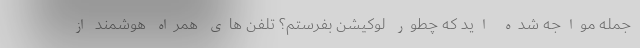
جمله مواجه شده اید که چطور لوکیشن بفرستم؟ تلفن های همراه هوشمند از